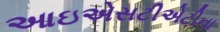
આઇએસટીએટીના